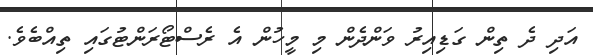
އަދި ދެ ތިން ގަޑިއިރު ވަންދެން މި މީހުން އެ ރެސްޓޯރަންޓުގައި ތިއްބެވެ.